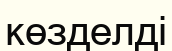
көзделді